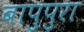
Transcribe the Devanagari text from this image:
बापुपुरा